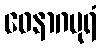
ဝေနာဂပုရံ